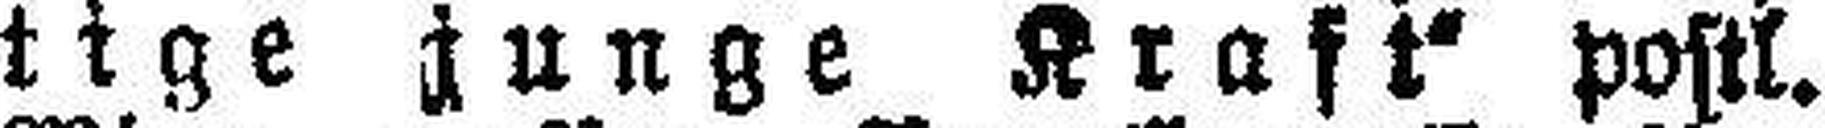
tige junge Kraft“ postl.